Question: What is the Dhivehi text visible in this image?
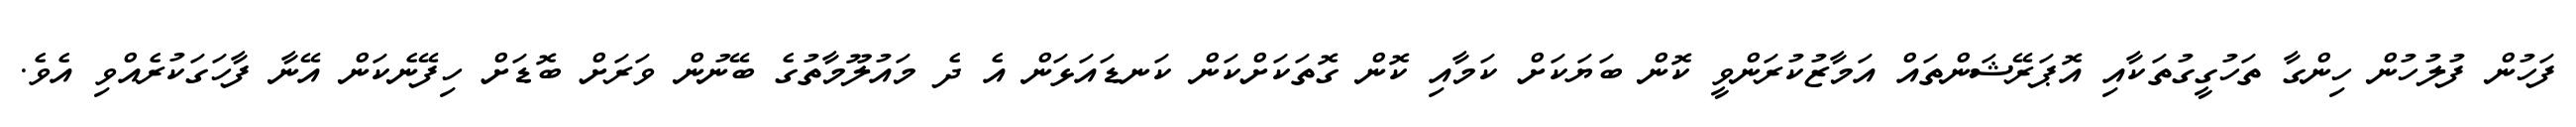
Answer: ފަހުން ފުލުހުން ހިންގާ ތަހުގީގުތަކާއި އޮޕަރޭޝަންތައް އަމާޒުކުރަންވީ ކޮން ބަޔަކަށް ކަމާއި ކޮން ގޮތަކަށްކަން ކަނޑައަޅަން އެ ދެ މައުލޫމާތުގެ ބޭނުން ވަރަށް ބޮޑަށް ހިފޭނެކަން އޭނާ ފާހަގަކުރެއްވި އެވެ.